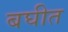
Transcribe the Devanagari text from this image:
बघीत